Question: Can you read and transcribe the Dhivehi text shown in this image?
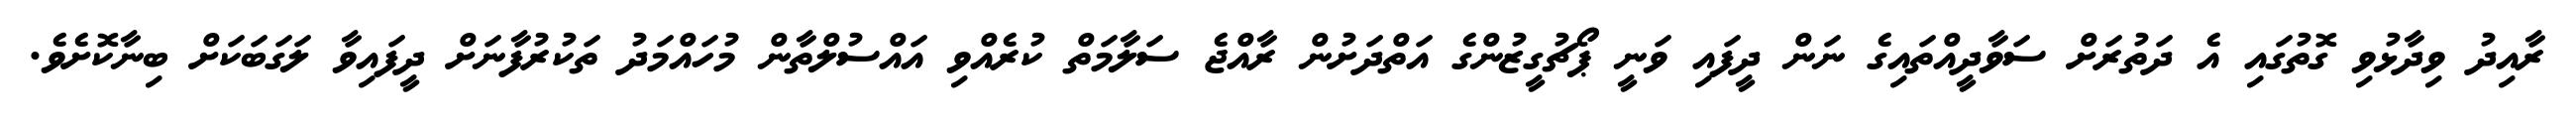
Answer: ރާއިދު ވިދާޅުވި ގޮތުގައި އެ ދަތުރަށް ސަވާދީއްތައިގެ ނަން ދީފައި ވަނީ ޕޯޗުގީޒުންގެ އަތްދަށުން ރާއްޖެ ސަލާމަތް ކުރެއްވި އައްސުލްތާން މުހައްމަދު ތަކުރުފާނަށް ދީފައިވާ ލަގަބަކަށް ބިނާކޮށެވެ.